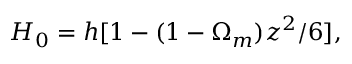
H _ { 0 } = h [ 1 - ( 1 - \Omega _ { m } ) z ^ { 2 } / 6 ] ,